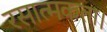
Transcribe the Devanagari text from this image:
रसात्मकता।